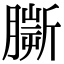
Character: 𦠠